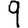
Digit: 9